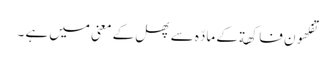
تفکھون فاکھة کے مادّہ سے پھل کے معنی میں ہے ۔